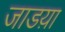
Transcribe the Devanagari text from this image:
जाडय़ा